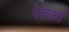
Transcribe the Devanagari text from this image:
रेवका